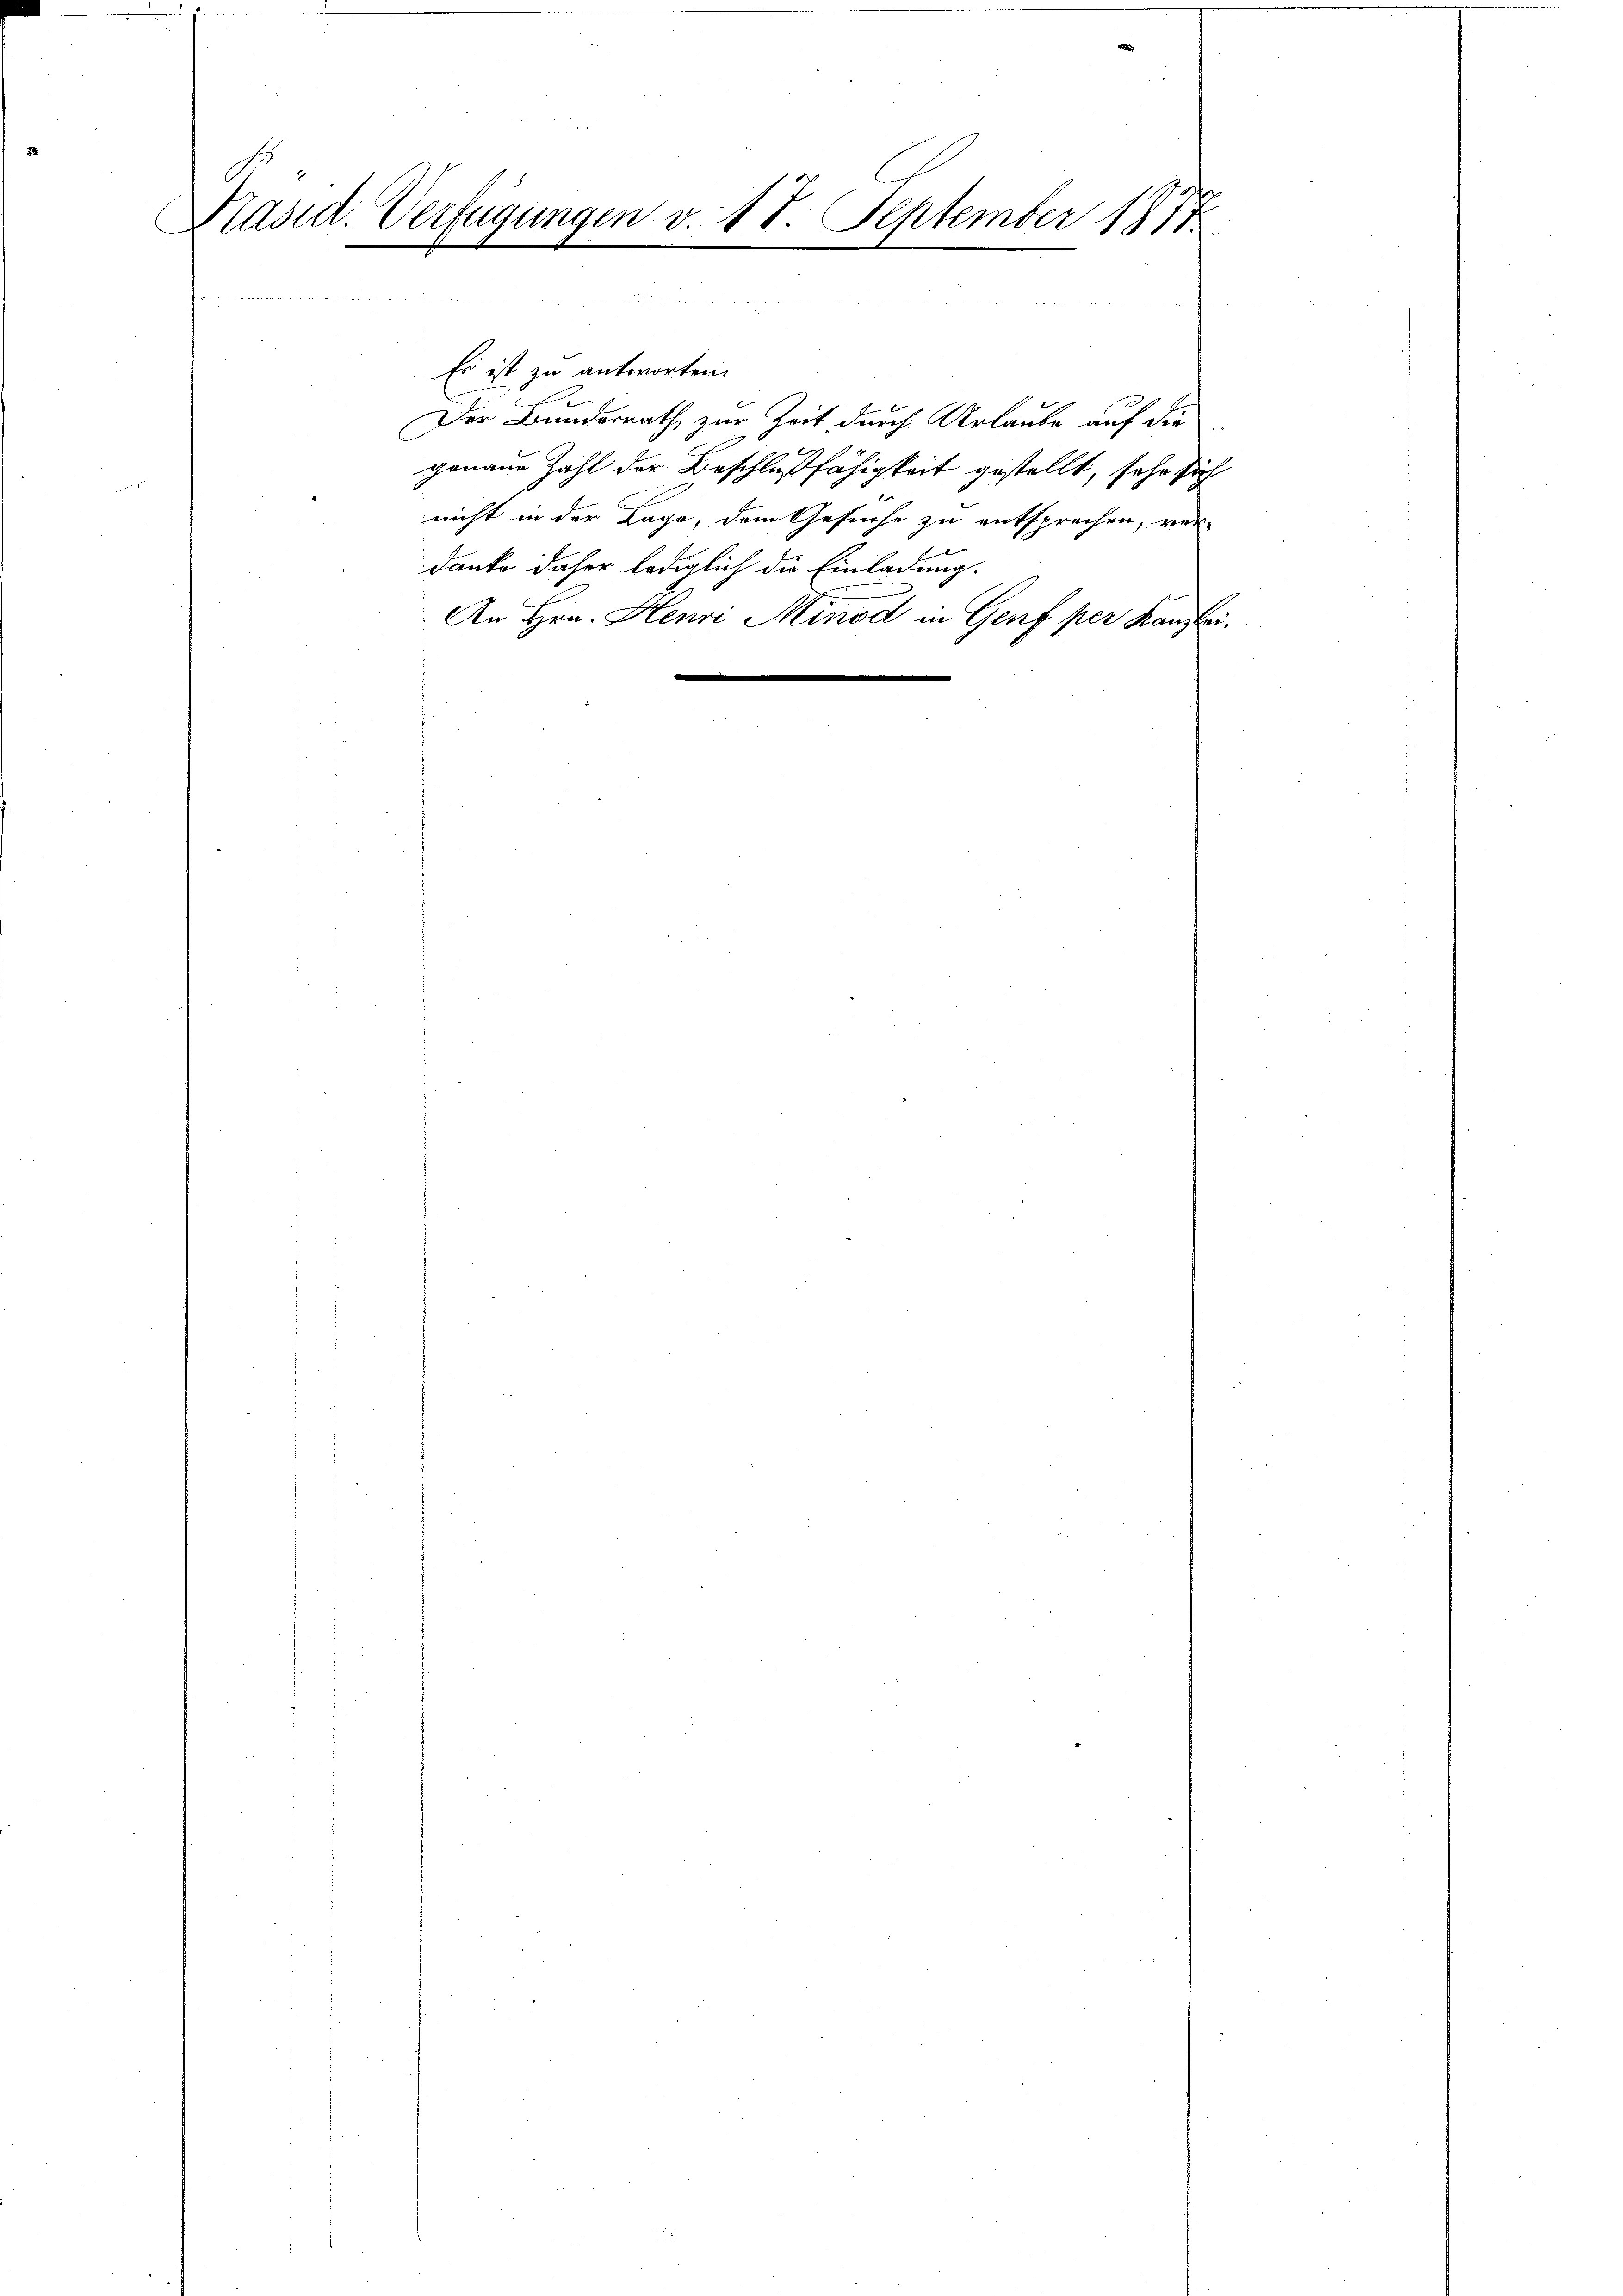
.
Präsid. Verfügungen v. 18. September 187

Es ist zu antworten.
f
Der Bundesrath zur Zeit durch Urlaube auf die
genaue Zahl der Beschlußfähigkeit gestellt, sehr sich
nicht in der Lage, dem Gesuche zu entsprechen, ver-
danke daher lediglich die Einladung.
An Hrn. Henri Minod in Genf per Kanzlei.